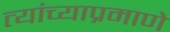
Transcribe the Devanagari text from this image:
त्यांच्याप्रमाणे